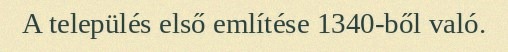
A település első említése 1340-ből való.